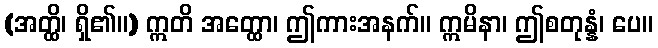
(အတ္ထိ၊ ရှိ၏။) ဣတိ အတ္ထော၊ ဤကားအနက်။ ဣမိနာ၊ ဤစတုန္နံ၊ ပေ။